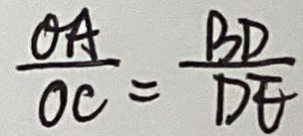
\frac { O A } { O C } = \frac { B D } { D E }